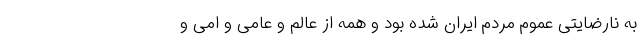
به نارضایتی عموم مردم ایران شده بود و همه از عالم و عامی و امی و